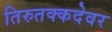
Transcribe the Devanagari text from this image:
तिरुतक्कदेवर